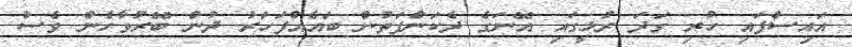
އައިސްފައި ހުރި ގަދަ ރުޅީގައި އޭނަގެ ދެކަންފަތުން ބައެއްފަހަރު ދުން ބޭރުވާހެން ވެސް